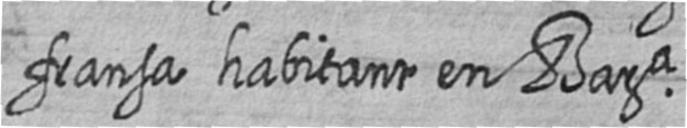
fransa habitant en Bara